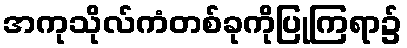
အကုသိုလ်ကံတစ်ခုကိုပြုကြရာ၌